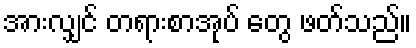
အားလျှင် တရားစာအုပ် တွေ ဖတ်သည်။